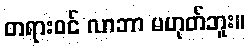
တရားဝင် လာဘာ မဟုတ်ဘူး။